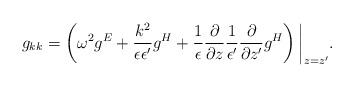
\begin{align*}g_{kk}=\left(\omega^2g^E+{k^2\over\epsilon\epsilon'}g^H+{1\over\epsilon}{\partial\over\partial z}{1\over\epsilon'}{\partial\over\partial z'}g^H\right)\bigg|_{z=z'}.\end{align*}